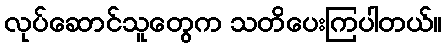
လုပ်ဆောင်သူတွေက သတိပေးကြပါတယ်။